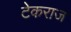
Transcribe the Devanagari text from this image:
टेकराज